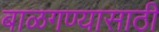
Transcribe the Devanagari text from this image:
बाळगण्यासाठी